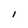
Character: l